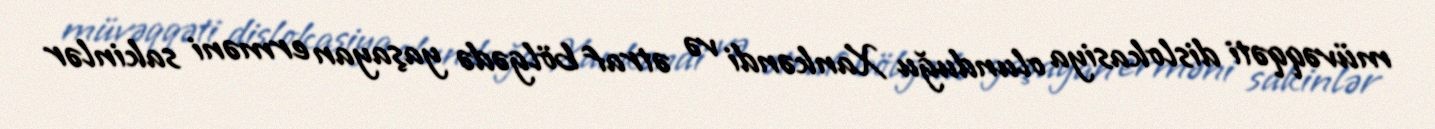
müvəqqəti dislokasiya olunduğu Xankəndi və ətraf bölgədə yaşayan erməni sakinlər